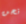
نحن